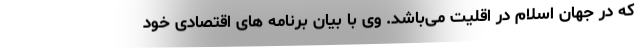
که در جهان اسلام در اقلیت می‌باشد. وی با بیان برنامه های اقتصادی خود